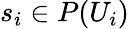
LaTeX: s_{i}\in P(U_{i})